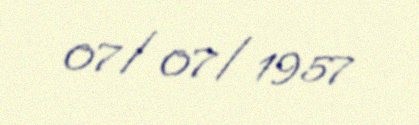
07/07/1957